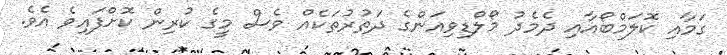
ގަމާއި ކޮލަމްބޯއާއި ދެމެދު މޯލްޑިވިއަންގެ ދަތުރުތަކެއް ވެސް މީގެ ކުރިން ކޮށްފައިވެ އެވެ.